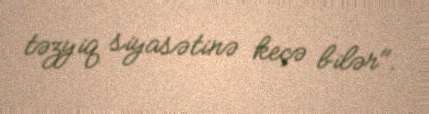
təzyiq siyasətinə keçə bilər".